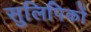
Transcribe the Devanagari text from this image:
सुलिपिकों